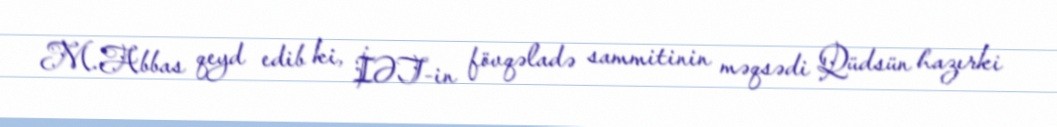
M.Abbas qeyd edib ki, İƏT-in fövqəladə sammitinin məqsədi Qüdsün hazırki